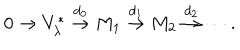
0 \rightarrow V _ { \lambda } ^ { * } \stackrel { d _ { 0 } } { \rightarrow } M _ { 1 } \stackrel { d _ { 1 } } { \rightarrow } M _ { 2 } \stackrel { d _ { 2 } } { \rightarrow } \cdots .